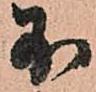
不